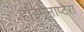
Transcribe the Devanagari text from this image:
हाइमेनाप्टेरा